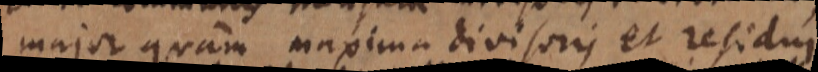
major quam maxima divisoris et residui.